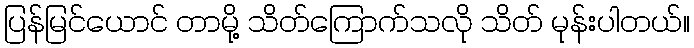
ပြန်မြင်ယောင် တာမို့ သိတ်ကြောက်သလို သိတ် မုန်းပါတယ်။